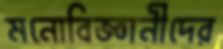
মনোবিজ্ঞানীদের